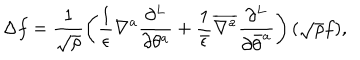
LaTeX: \Delta f = \frac { 1 } { \sqrt \rho } \left( \frac { 1 } { \epsilon } \nabla ^ { a } \frac { \partial ^ { L } } { \partial \theta ^ { a } } + \frac { 1 } { \bar { \epsilon } } { \overline { { { \nabla ^ { a } } } } } \frac { \partial ^ { L } } { \partial { \bar { \theta } } ^ { a } } \right) ( \sqrt \rho f ) ,